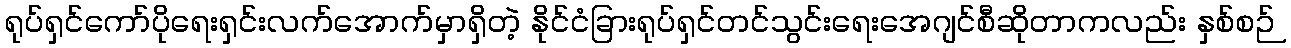
ရုပ်ရှင်ကော်ပိုရေးရှင်းလက်အောက်မှာရှိတဲ့ နိုင်ငံခြားရုပ်ရှင်တင်သွင်းရေးအေဂျင်စီဆိုတာကလည်း နှစ်စဉ်